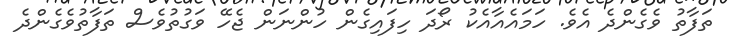
ތަފާތު ވެގެންދެ އެވެ. ހަމައެއާއެކު ރޯދަ ހިފައިގެން ހުންނަން ޖެހޭ ވަގުތުވެސް ތަފާތުވެގެންދެ